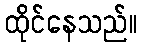
ထိုင်နေသည်။